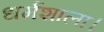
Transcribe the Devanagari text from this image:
धर्मशाला।